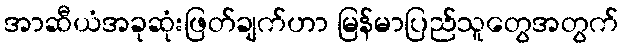
အာဆီယံအခုဆုံးဖြတ်ချက်ဟာ မြန်မာပြည်သူတွေအတွက်